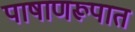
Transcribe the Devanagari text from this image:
पाषाणरूपात